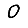
Digit: 0